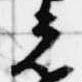
光